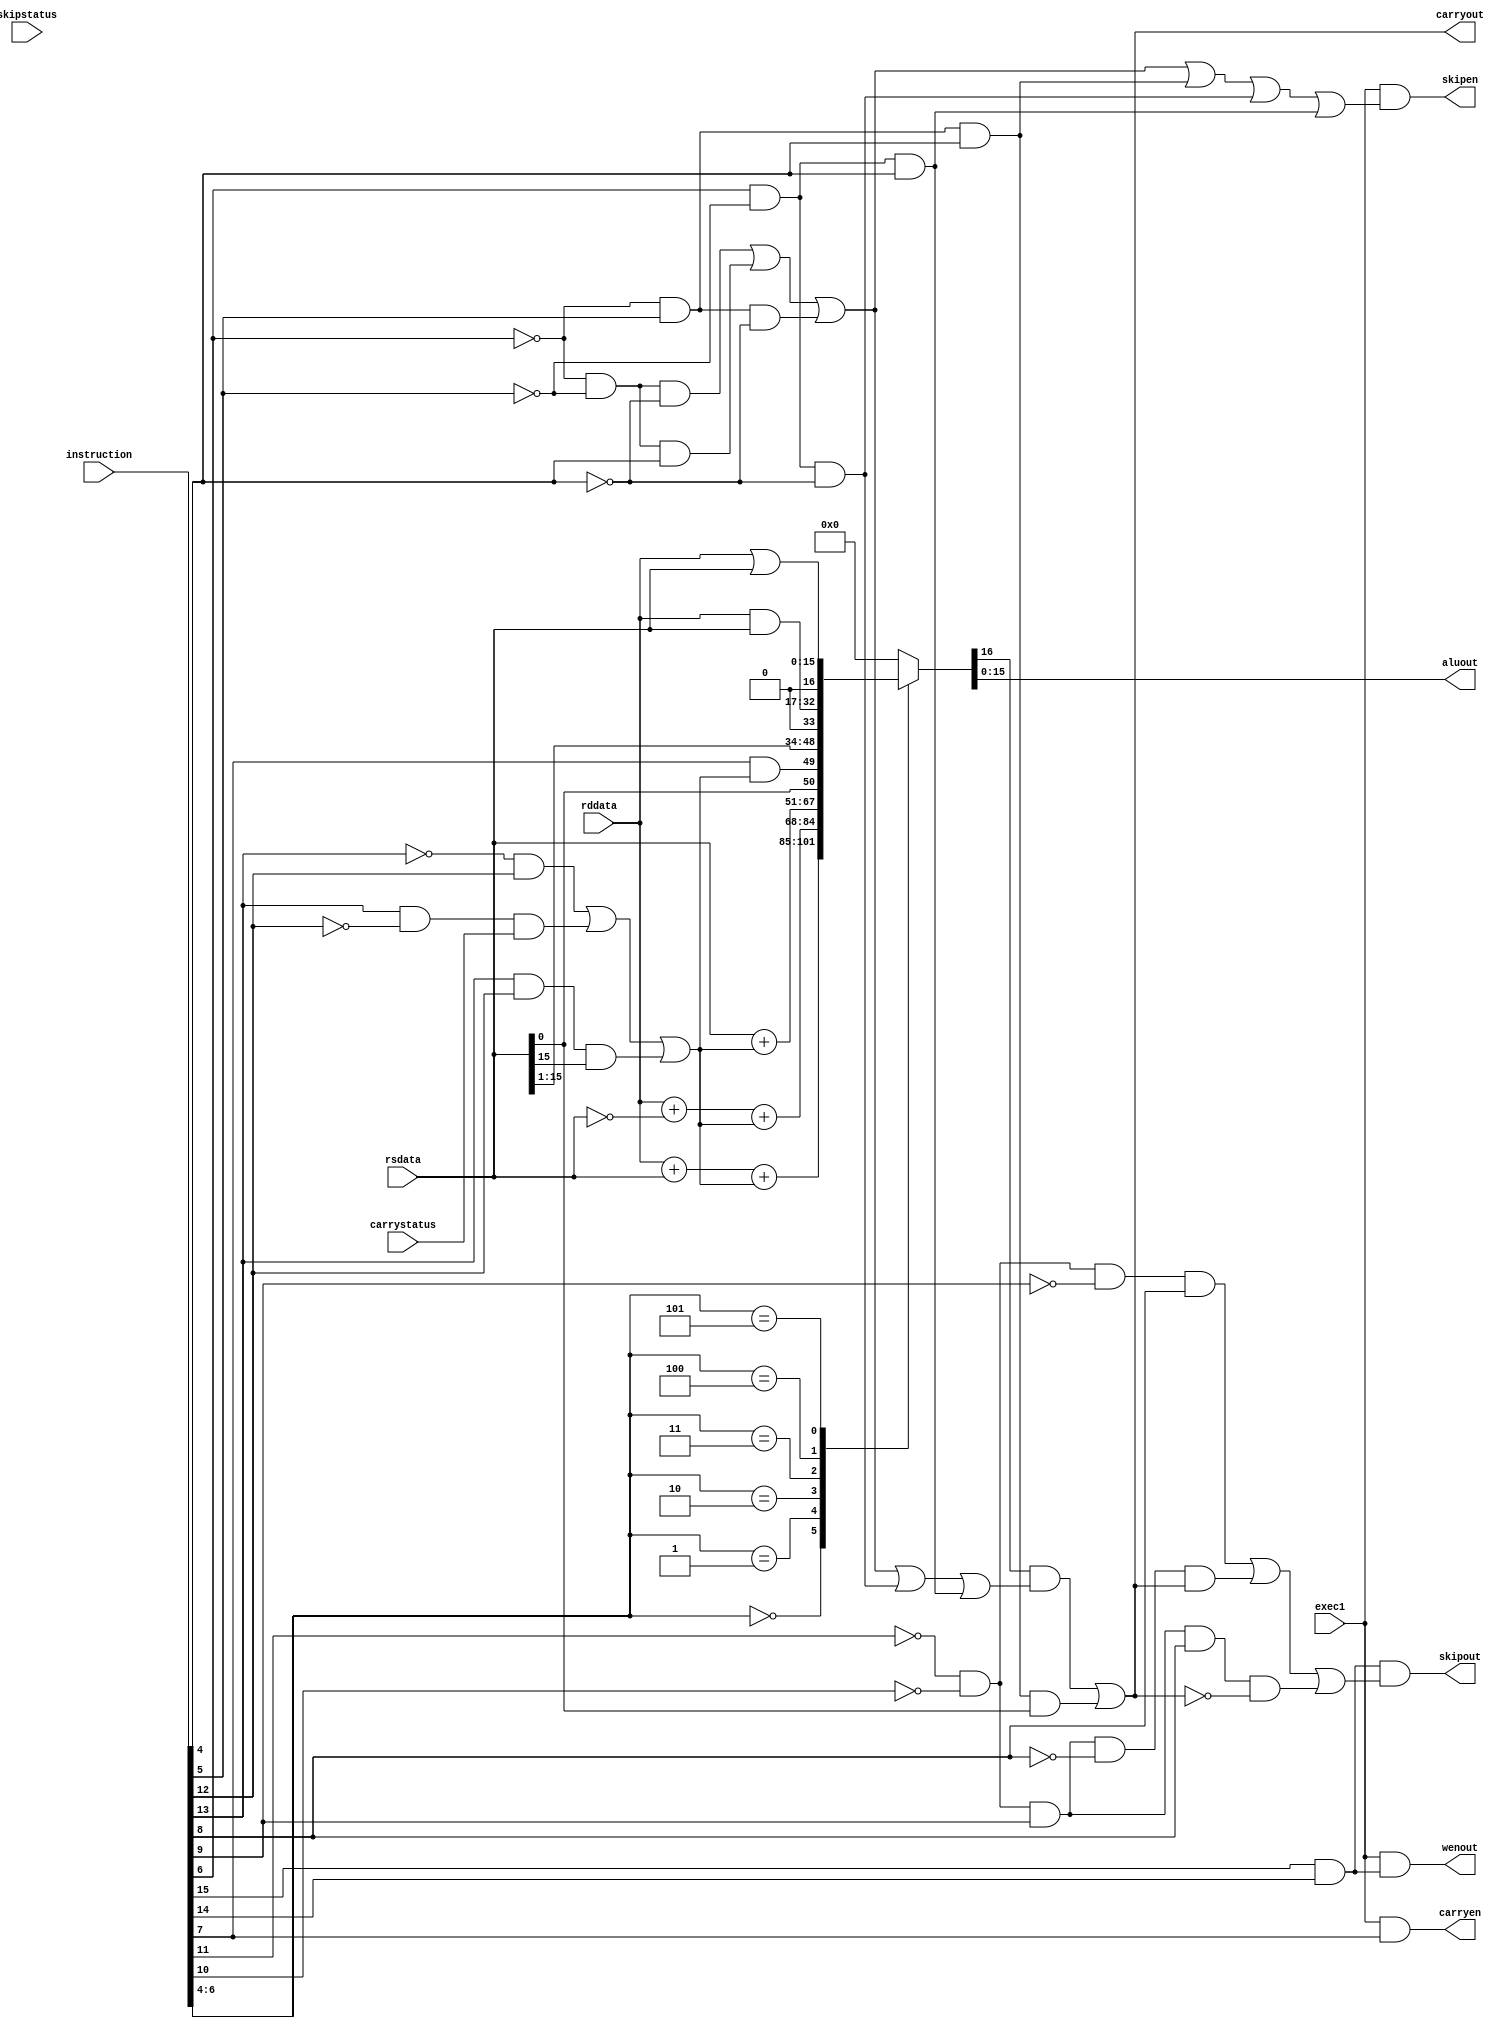
module alu ( instruction, rddata, rsdata, carrystatus, skipstatus, exec1,
    aluout, carryout, skipout, carryen, skipen, wenout) ;

// v1.01

input [15:0] instruction; // from IR'
input exec1;          // timing signal: when things happen
input [15:0] rddata;  // Rd register data outputs
input [15:0] rsdata;  // Rs register data outputs
input carrystatus;    // the Q output from CARRY
input skipstatus;     // the Q output from SKIP

output [15:0] aluout; // the ALU block output, written into Rd
output carryout;       // the CARRY out, D for CARRY flip flop
output skipout;        // the SKIP output, D for SKIP flip flop
output carryen;        // the enable signal for CARRY flip-flop
output skipen;         // the enable signal for SKIP flip-flop
output wenout;         // the enable for writing Rd in the register file

// these wires are for convenience to make logic easier to see
wire [2:0] opinstr = instruction [6:4];    // OP field from IR'
wire cwinstr = instruction [7];            // 1 => write CARRY: CW from IR'
wire [3:0] condinstr = instruction [11:8]; // COND field from IR'
wire [1:0] cininstr = instruction [13:12];  // CIN field from IR'
wire [1:0] code = instruction [15:14];     // bits from IR': must be 11 for ARM instruction
//=============================FIELDS===========================//
wire add, sub, mov, xsr;	//ALU OPERATION
wire czero, cone, cc, cmsb;	//CIN
wire al, nv, cs, CC;	//COND
wire S; //Write Carry
//===========================WRITE CARRY========================//
assign S = (instruction[7]);
//==============================ALU=============================//
assign add = (~instruction[6] & ~instruction[5] & ~instruction[4]);
assign sub = (~instruction[6] & ~instruction[5] & instruction[4]);
assign mov = (~instruction[6] & instruction[5] & ~instruction[4]);
assign xsr = (~instruction[6] & instruction[5] & instruction[4]);
//==============================CIN=============================//
assign czero = (~instruction[13] & ~instruction[12]);
assign cone = (~instruction[13] & instruction[12]);
assign cc = (instruction[13] & ~instruction[12]);
assign cmsb = (instruction[13] & instruction[12]);
//==============================COND============================//
assign al = (~instruction[11] & ~instruction[10] & ~instruction[9] & ~instruction[8]);
assign nv = (~instruction[11] & ~instruction[10] & ~instruction[9] & instruction[8]);
assign cs = (~instruction[11] & ~instruction[10] & instruction[9] & ~instruction[8]);
assign CC = (~instruction[11] & ~instruction[10] & instruction[9] & instruction[8]);

///============================END FIELDS=======================//
//==========================NEW INSTRUCTION=====================//
wire bitand; //Bitwise AND *100*
wire bitor;	//Bitwise OR *101*

assign bitand = (instruction[6] & ~instruction[5] & ~instruction[4]);
assign bitor = (instruction[6] & ~instruction[5] & instruction[4]);

//==============================================================//
reg [16:0] alusum; // the 17 bit sum, 1 extra bit so ALU carry out can be extracted
wire cin; // The ALU carry input, determined from instruction as in ISA spec
wire shiftin; // value shifted into bit 15 on LSR, determined as in ISA spec

// do not change
assign alucout = alusum [16]; // carry bit from sum, or shift if OP = 011
assign aluout = alusum [15:0]; // 16 normal bits from sum

// change as needed
assign wenout = exec1 & (instruction[15] & instruction[14]);  // correct timing, UPDATED

assign carryen = exec1 & S; // correct timing, UPDATED

assign carryout = (alucout & (add|sub|mov|bitand|bitor))|(xsr & rsdata[0]); // UPDATED
                           
									
assign cin = (czero & 0)|(cone & 1)|(cc & carrystatus)|(cmsb &rsdata[15]);	//UPDATED

assign shiftin = (S & cin);     // ***************UPDATED

assign skipout = code[1]&code[0]&((al & 0)|(nv & 1)|(cs & carryout)|(CC & ~carryout));	//UPDATED**************
assign skipen = exec1 & (add|sub|mov|xsr|bitand|bitor) ;	//UPDATED**************

always @(*) // do not change this line - it makes sure we have combinational logic
  begin
    case (opinstr)
      // alusum is 17 bit so we must extend the two operands to 17 bits using 0
      // otherwise Verilog default extension will sign-extend these inputs
      // that create a subtle (not always obvious) error in carry out
      // note that ~ is bit inversion operator.
      3'b000  : alusum = {1'b0,rddata} + {1'b0,rsdata} + cin;   // if OP = 000
      3'b001  : alusum = {1'b0,rddata} + {1'b0,~rsdata} + cin;  // if OP = 001
      3'b010  : alusum = {1'b0,rsdata} + cin;                // if OP = 010
      3'b011  : alusum = {rsdata[0], shiftin, rsdata[15:1]}; // if OP = 011
		//////////////////////////////////////////////////////////////////////////
      3'b100  : alusum = {1'b0,rddata} & {1'b0,rsdata};			 // if OP = 100
		3'b101  : alusum = {1'b0,rddata} | {1'b0,rsdata};			 // if OP = 101
		// to do (optional): add additional instructions as cases here
      // available cases: 3'b100,3'b101,3'b110, 3'b111
      default : alusum = 0;// default output for unimplemented OP values, do not change
    endcase;
  end

endmodule